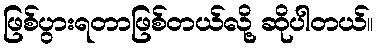
ဖြစ်ပွားရတာဖြစ်တယ်လို့ ဆိုပါတယ်။